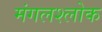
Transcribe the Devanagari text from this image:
मंगलश्लोक